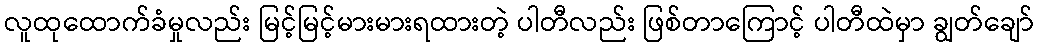
လူထုထောက်ခံမှုလည်း မြင့်မြင့်မားမားရထားတဲ့ ပါတီလည်း ဖြစ်တာကြောင့် ပါတီထဲမှာ ချွတ်ချော်